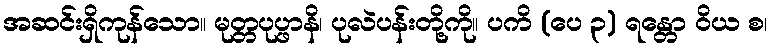
အဆင်းရှိကုန်သော။ မုတ္တပုပ္ဖာနိ၊ ပုလဲပန်းတို့ကို။ ပကိ (ပေ ၃) ရန္တော ဝိယ စ၊